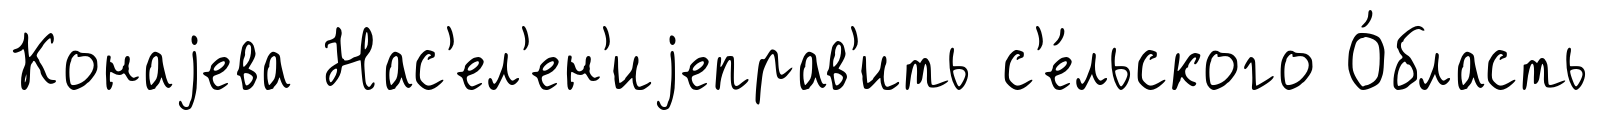
Конаjева Нас'ел'ен'иjеправ'ить с'е́льского О́бласть